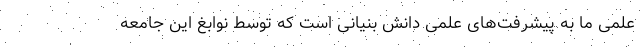
علمی ما به پیشرفت‌های علمی دانش بنیانی است که توسط نوابغ این جامعه